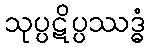
သုပ္ပဋိပ္ပဿဒ္ဓံ